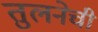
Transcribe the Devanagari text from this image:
तुलनेची